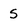
Character: S